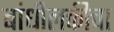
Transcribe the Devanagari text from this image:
बांधीलकीचा